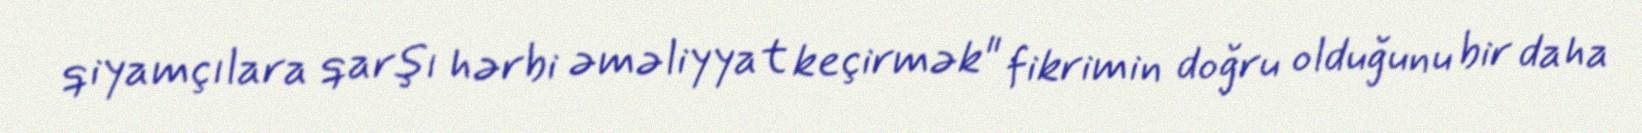
qiyamçılara qarşı hərbi əməliyyat keçirmək" fikrimin doğru olduğunu bir daha